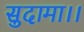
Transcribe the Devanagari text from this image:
सुदामा।।